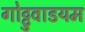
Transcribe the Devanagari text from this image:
गोट्टुवाडयम